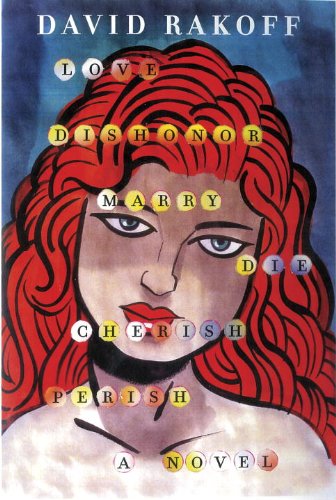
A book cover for Love, Dishonor, Marry, Die, Cherish, Perish: A Novel; David Rakoff; Comics & Graphic Novels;